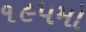
૧૯૫મો